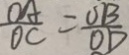
\frac { O A } { O C } = \frac { O B } { O D }